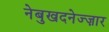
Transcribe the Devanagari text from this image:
नेबुखदनेज्ज़ार